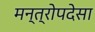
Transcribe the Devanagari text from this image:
मन्त्रोपदेसा